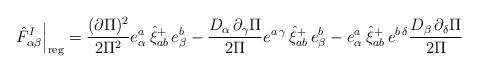
LaTeX: \begin{align*}\left. \hat{F}_{\alpha \beta }^I\right| _{{\rm reg}}=\frac{(\partial \Pi )^2}{2\Pi ^2}e_\alpha ^{a\,}\,\hat{\xi}_{ab}^{+}\,e_\beta ^{b\,}-\frac{D_\alpha\,\partial _\gamma \Pi }{2\Pi }e^{a\,\gamma }\,\hat{\xi}_{ab}^{+}\,e_\beta^b-e_\alpha ^{a\,}\,\hat{\xi}_{ab}^{+}\,e^{b\,\delta }\frac{D_\beta\,\partial _\delta \Pi }{2\Pi }\end{align*}